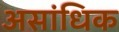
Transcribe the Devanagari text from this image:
असांधिक